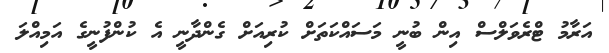
އަރާމު ޓްރެވަލްސް އިން ބުނީ މަސައްކަތަށް ކުރިއަށް ގެންދާނީ އެ ކުންފުނީގެ އަމިއްލަ